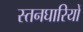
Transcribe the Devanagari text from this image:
स्तनघारियों